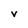
Character: V